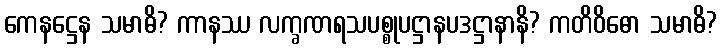
ကေနဋ္ဌေန သမာဓိ? ကာနဿ လက္ခဏရသပစ္စုပဋ္ဌာနပဒဋ္ဌာနာနိ? ကတိဝိဓော သမာဓိ?